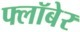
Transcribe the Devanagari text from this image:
फ्लॉबेर